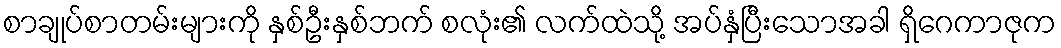
စာချုပ်စာတမ်းများကို နှစ်ဦးနှစ်ဘက် စလုံး၏ လက်ထဲသို့ အပ်နှံပြီးသောအခါ ရှိဂေကာဇုက